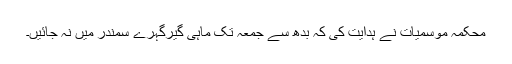
محکمہ موسمیات نے ہدایت کی کہ بدھ سے جمعہ تک ماہی گیرگہرے سمندر میں نہ جائیں۔